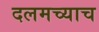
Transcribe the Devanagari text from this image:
दलमच्याच